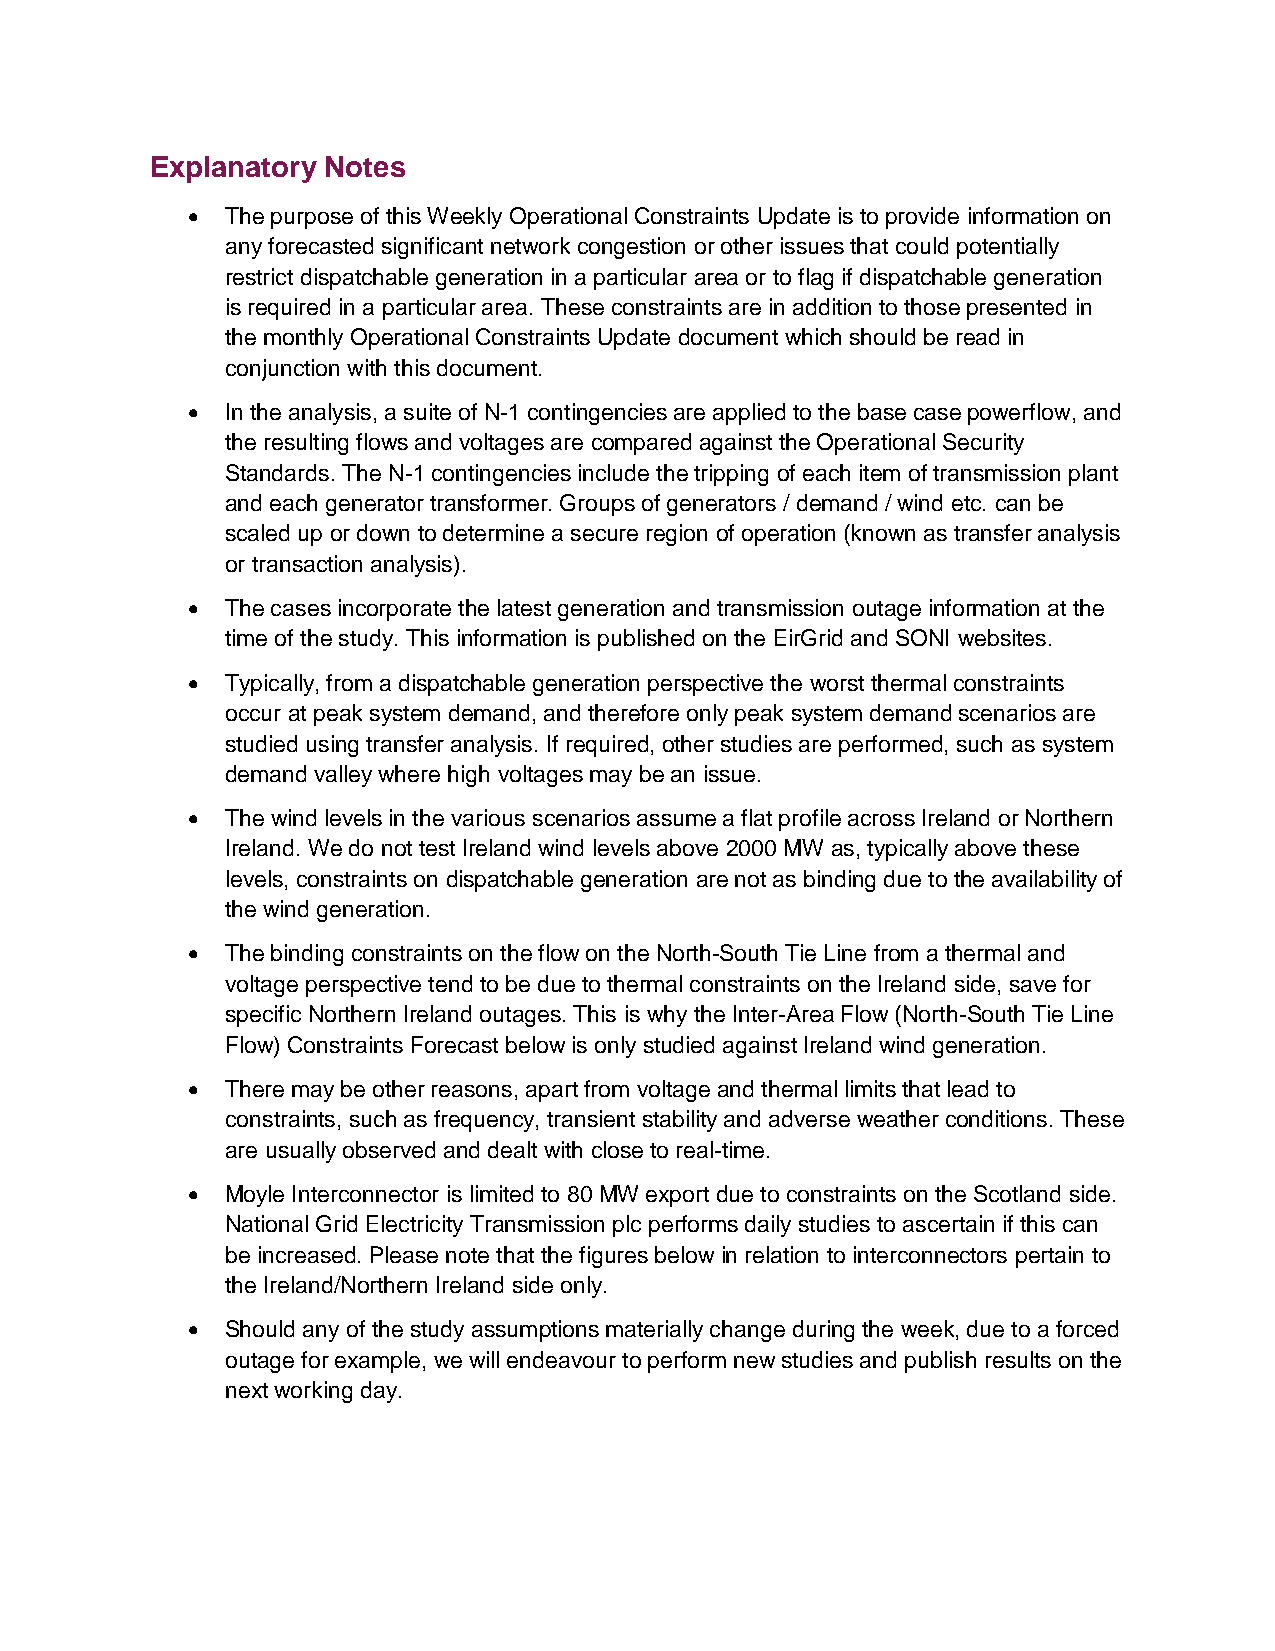
Explanatory Notes
   The purpose of this Weekly Operational Constraints Update is to provide information on
 any forecasted significant network congestion or other issues that could potentially
 restrict dispatchable generation in a particular area or to flag if dispatchable generation
 is required in a particular area. These constraints are in addition to those presented in
 the monthly Operational Constraints Update document which should be read in
 conjunction with this document.
   In the analysis, a suite of N-1 contingencies are applied to the base case powerflow, and
 the resulting flows and voltages are compared against the Operational Security
 Standards. The N-1 contingencies include the tripping of each item of transmission plant
 and each generator transformer. Groups of generators / demand / wind etc. can be
 scaled up or down to determine a secure region of operation (known as transfer analysis
 or transaction analysis).
   The cases incorporate the latest generation and transmission outage information at the
 time of the study. This information is published on the EirGrid and SONI websites.
   Typically, from a dispatchable generation perspective the worst thermal constraints
 occur at peak system demand, and therefore only peak system demand scenarios are
 studied using transfer analysis. If required, other studies are performed, such as system
 demand valley where high voltages may be an issue.
   The wind levels in the various scenarios assume a flat profile across Ireland or Northern
 Ireland. We do not test Ireland wind levels above 2000 MW as, typically above these
 levels, constraints on dispatchable generation are not as binding due to the availability of
 the wind generation.
   The binding constraints on the flow on the North-South Tie Line from a thermal and
 voltage perspective tend to be due to thermal constraints on the Ireland side, save for
 specific Northern Ireland outages. This is why the Inter-Area Flow (North-South Tie Line
 Flow) Constraints Forecast below is only studied against Ireland wind generation.
   There may be other reasons, apart from voltage and thermal limits that lead to
 constraints, such as frequency, transient stability and adverse weather conditions. These
 are usually observed and dealt with close to real-time.
   Moyle Interconnector is limited to 80 MW export due to constraints on the Scotland side.
 National Grid Electricity Transmission plc performs daily studies to ascertain if this can
 be increased. Please note that the figures below in relation to interconnectors pertain to
 the Ireland/Northern Ireland side only.
   Should any of the study assumptions materially change during the week, due to a forced
 outage for example, we will endeavour to perform new studies and publish results on the
 next working day.